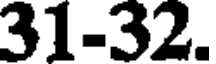
31-32.